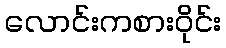
လောင်းကစားဝိုင်း